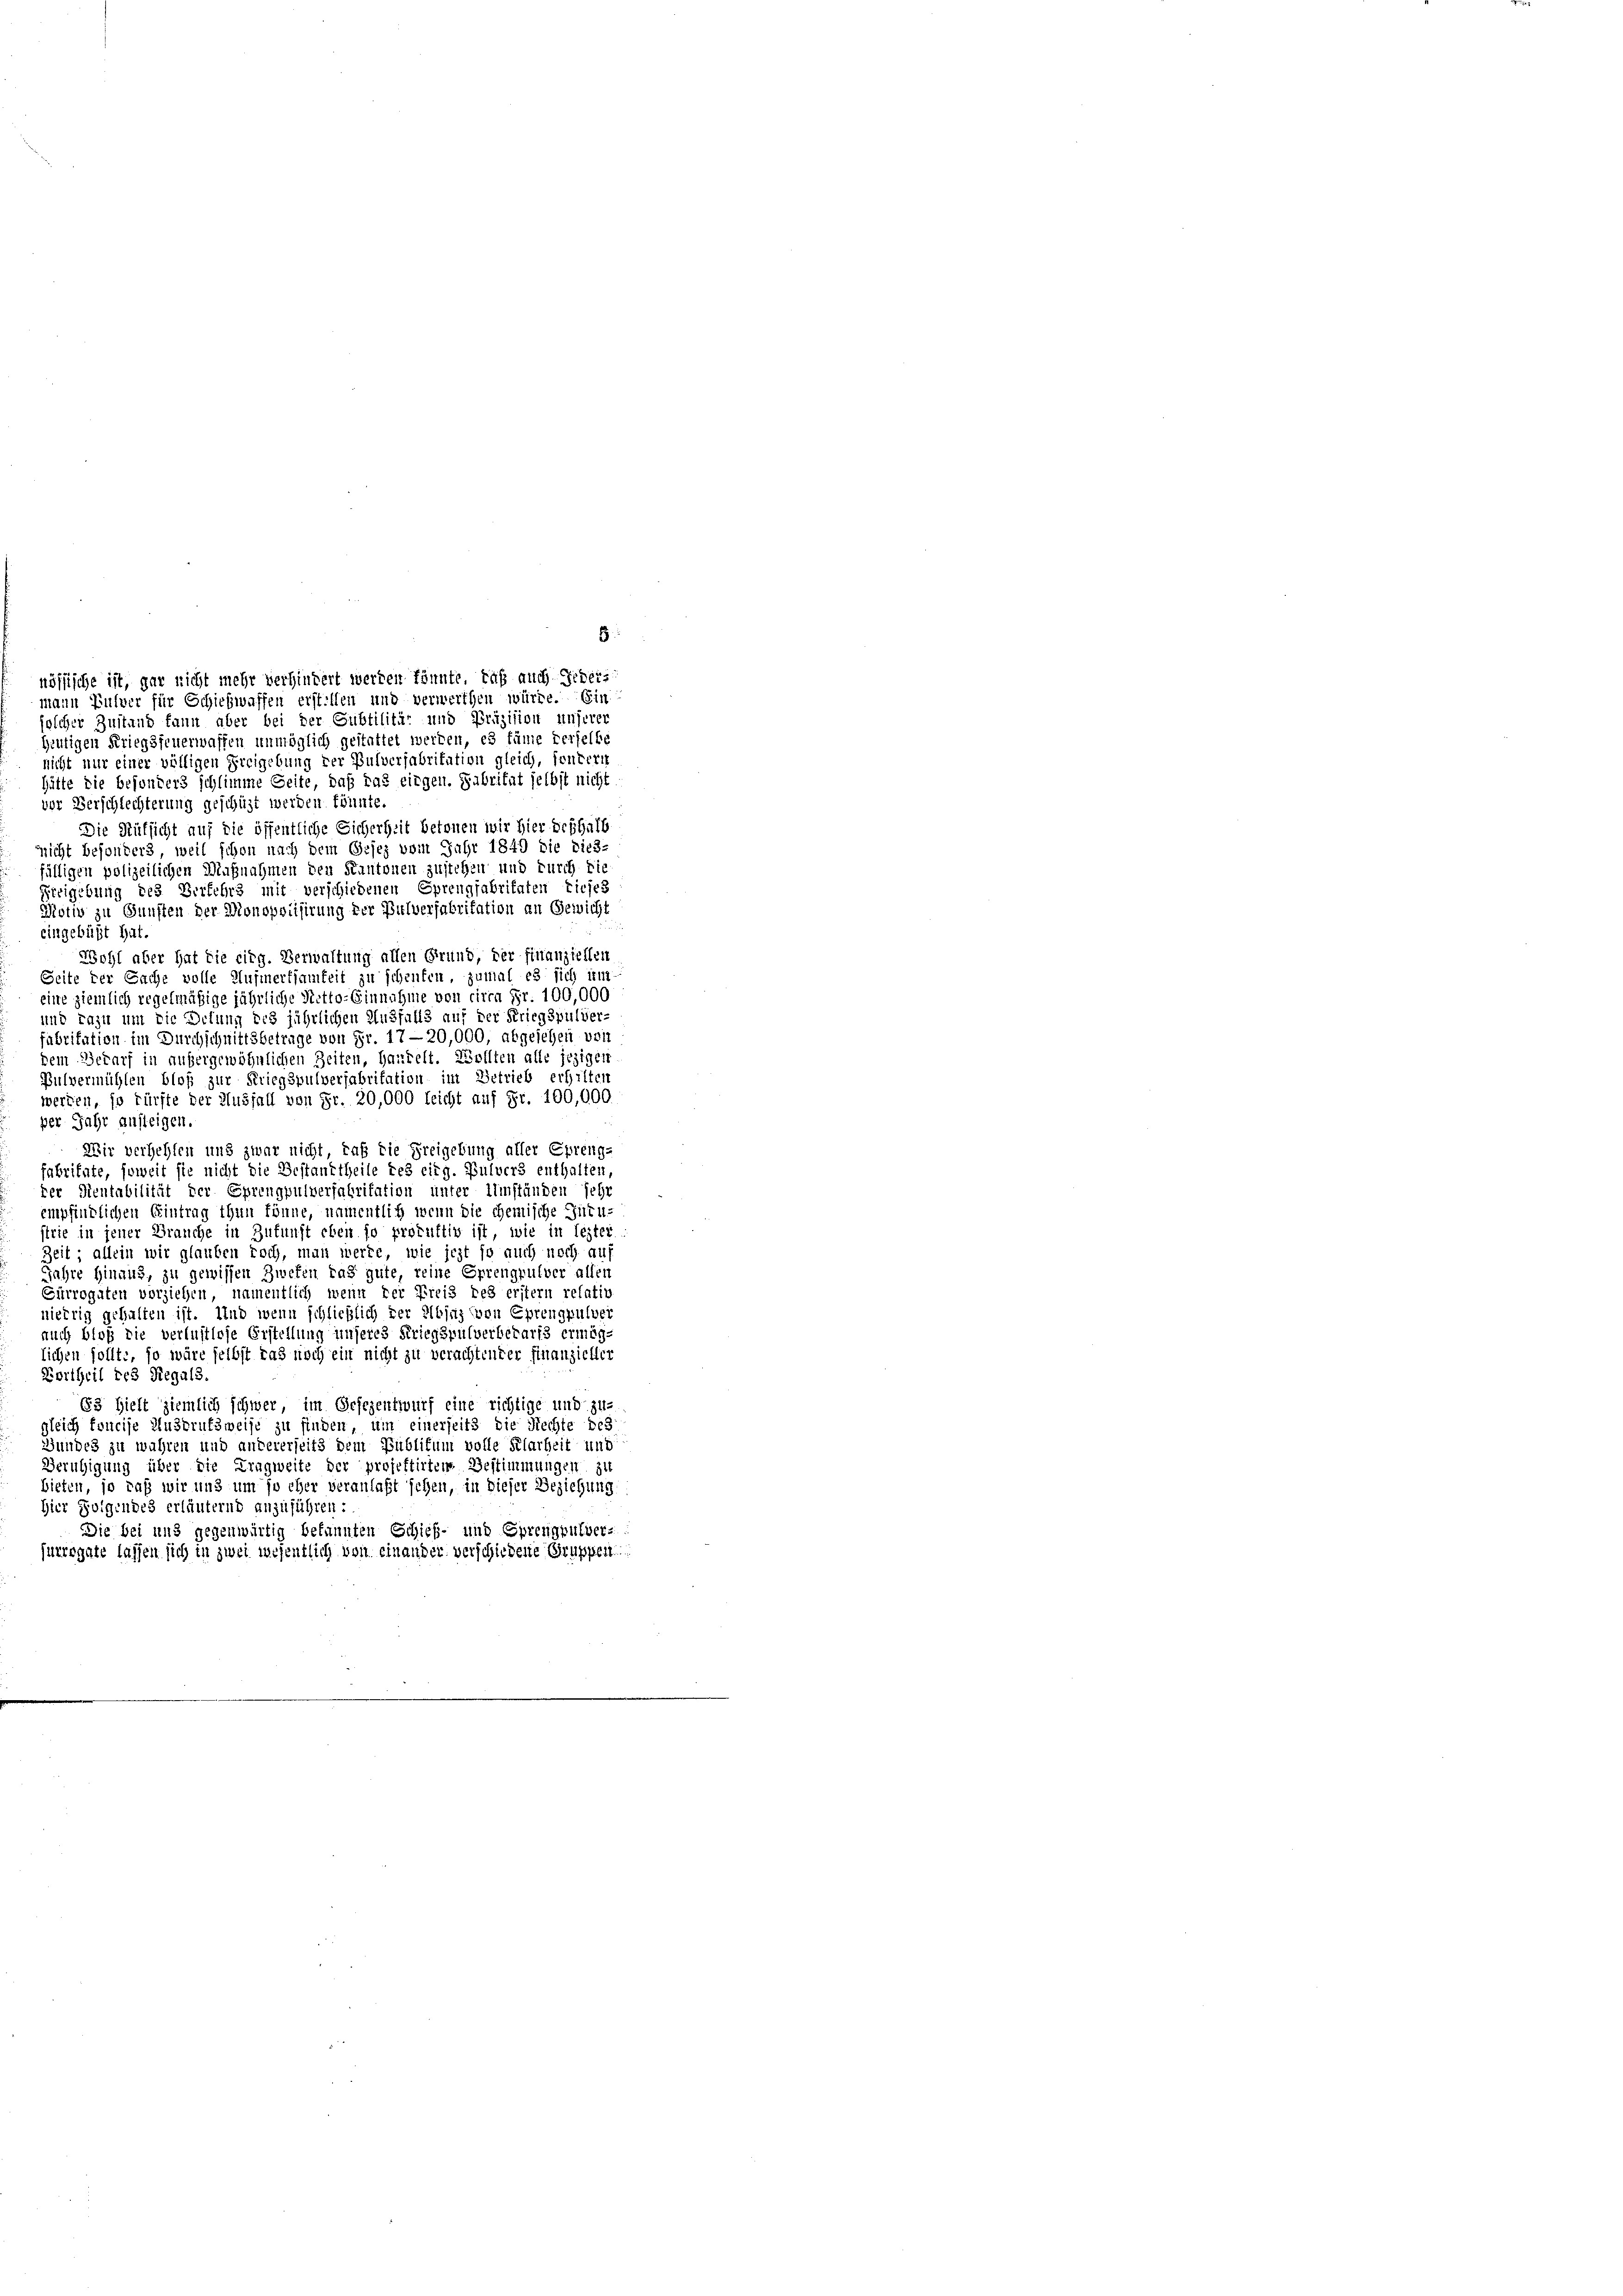
heutigen Kriegsfeuerwassen unmöglich gestattet werden, es käme verselbe
nicht nur einer völligen Freigebung der Pulverfabritation gleich, sondern
hütte die besonders schlimme Seite, daß das eingen. Fabritat selbst nicht
vor Verschlechterung geschüzt werden könnte.
Die Aufsicht auf die öffentliche Sicherheit betonen wir hier deshalb
nnicht besonders, weil schon nach dem Gesez vom Jahr 1849 die dies-
fälligen polizeilichen Maßnahmen den Kantonen zustehen und durch die
Freigebung des Verfehrs mit verschiedenen Sprengfabritaten Liefes
Notiv zu Gunsten der Monopoisirung der Bulverfabritation an Gewicht
eingebüßt hat.
Wohl aber hat die eidg. Verwaltung allen Grund, der finanziellen
Seite der Sache volle Aufmerksamkeit zu scheufen, zumal es sich in
eine ziemlich regelmäßige jährliche Netto-Einnahme von circa Fr. 100,000
und dazu um die Detung des jährlichen Ausfalls auf der Kriegspulver-
fabritation im Durchschnittsbetrage von Fr. 17—20,000, abgesehen vorg
dem Bedarf in außergewöhnlichen Zeiten, Handelt. Wollten alle jezigen
Pulvermühlen bloß zur Kriegspulverfabritation im Betrieb erhilten
werden, so fürfte der Ausfall von Fr. 20,000 leicht auf Fr. 100,000
per Jahr ansteigen.
Wir verhehlen und zwar nicht, daß die Freigebung aller Eprenge
fabritate, soweit sie nicht die Bestandtheile des eidg. Pulvers enthalten
der Rentabilität der Sprengpulverfabritation unter Umständen sehr
empfindlichen Eintrag thun könne, namentlich wenn die chemische Titu-
strie in jener Branche in Zukunft eben so protuttiv ist, wie in lezter
Zeit allein wir glauben koch, man werde, wie jezt so auch noch au
Jahre hinaus, zu gewissen Zwefen das gute, reine Errengpulver allen
Surrogaten vorziehen, namentlich wenn der Freis des erstern relativ
niedrig gehalten ist. Und wenn schließlich der Elbjus von Eprengpulver
auch bloß die verlustlose Erstellung unseres Kriegspulverbedarfs ermög-
lichen sollte, so wäre selbst das noch ein nicht zu verachtender Finanzieller
Fortheil des Regals.
63 hielt ziemlich schwer, im Gesezentwurf eine richtige und zu-
gleich foncise Ausbrufsweise zu finden, um einerseits die Rechte bes
Bundes zu wahren und andererseits dem Publikum volle Klarheit ung
Beruhigung über die Tragweite der projektirtem Bestimmungen zu
bieten, so daß wir und um so eher veranlaßt sehen, in dieser Beziehung:
Hier Folgendes erläuternd anzuführen:
Die bei und gegenwärtig bekannten Schieß- und Sprengpulver-
hurrogate lassen sich in zwei wesentlich von einander verschiedene Gruppen

solcher Zustand kann aber bei der Subtilitär und Präzision unserer

8
nössische ist, gar nicht mehr verhindert werden könnte, daß auch Gebers
mann Pulver für Schiehwaffen erstellen und verwerthen würde. Ein